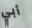
أبي